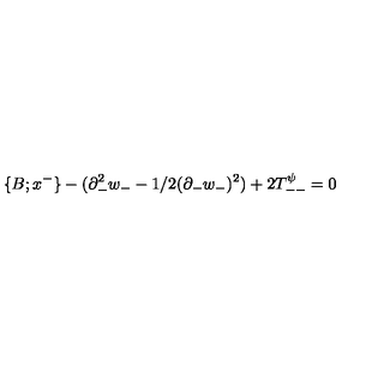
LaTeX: \{ B ; x ^ { - } \} - ( \partial _ { - } ^ { 2 } w _ { - } - 1 / 2 ( \partial _ { - } w _ { - } ) ^ { 2 } ) + 2 T _ { -- } ^ { \psi } = 0